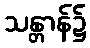
သန္တာန်၌